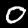
Digit: 0